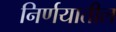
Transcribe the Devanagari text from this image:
निर्णयातील